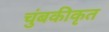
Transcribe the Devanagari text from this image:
चुंबकीकृत